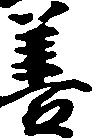
善